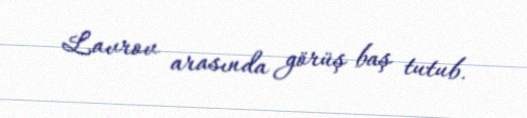
Lavrov arasında görüş baş tutub.